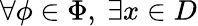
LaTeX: \forall\phi\in\Phi,~\exists x\in D